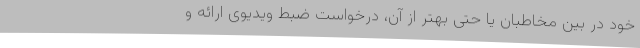
خود در بین مخاطبان یا حتی بهتر از آن، درخواست ضبط ویدیوی ارائه و